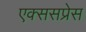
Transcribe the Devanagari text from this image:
एक्ससप्रेस